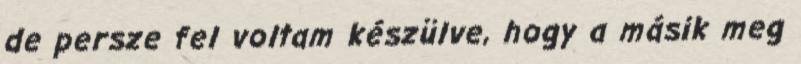
de persze fel voltam készülve, hogy a másik meg